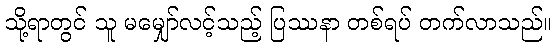
သို့ရာတွင် သူ မမျှော်လင့်သည့် ပြဿနာ တစ်ရပ် တက်လာသည်။